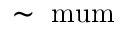
\sim \mathrm { \ m u m }